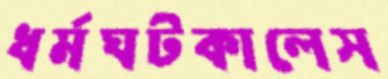
ধর্মঘটকালেস